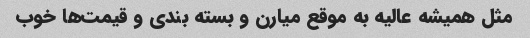
مثل همیشه عالیه به موقع میارن و بسته بندی و قیمت‌ها خوب